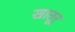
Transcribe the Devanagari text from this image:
खातूर्